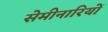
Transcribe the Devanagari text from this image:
सेमीनारियों